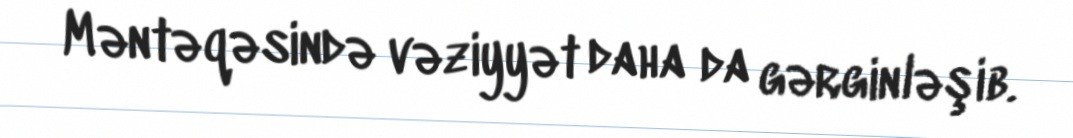
Məntəqəsində vəziyyət daha da gərginləşib.